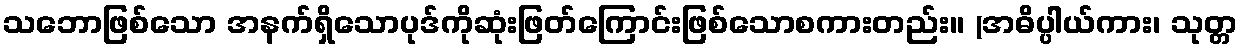
သဘောဖြစ်သော အနက်ရှိသောပုဒ်ကိုဆုံးဖြတ်ကြောင်းဖြစ်သောစကားတည်း။ (အဓိပ္ပါယ်ကား၊ သုတ္တ